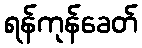
ရန်ကုန်ခေတ်